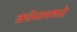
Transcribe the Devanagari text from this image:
क्रॉसमध्ये